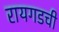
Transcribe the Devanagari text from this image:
रायगडची